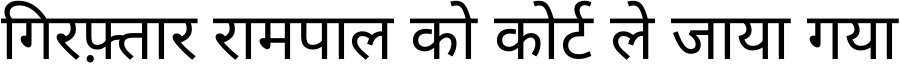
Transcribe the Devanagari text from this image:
गिरफ़्तार रामपाल को कोर्ट ले जाया गया